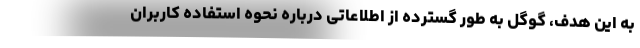
به این هدف، گوگل به طور گسترده از اطلاعاتی درباره نحوه استفاده کاربران